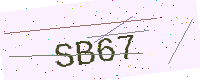
Text: SB67